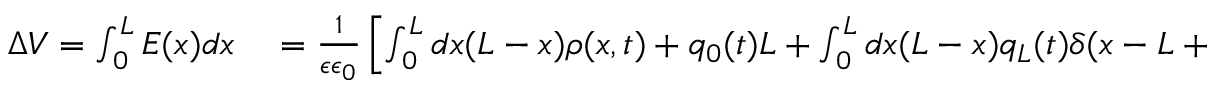
\begin{array} { r l } { \Delta V = \int _ { 0 } ^ { L } E ( x ) d x } & { { } = \frac { 1 } { \epsilon \epsilon _ { 0 } } \left[ \int _ { 0 } ^ { L } d x ( L - x ) \rho ( x , t ) + q _ { 0 } ( t ) L + \int _ { 0 } ^ { L } d x ( L - x ) q _ { L } ( t ) \delta ( x - L + \epsilon _ { \delta } ) \right] , } \end{array}